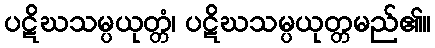
ပဋိဃသမ္ပယုတ္တံ၊ ပဋိဃသမ္ပယုတ္တမည်၏။